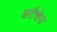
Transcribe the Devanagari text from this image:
अटैचेज